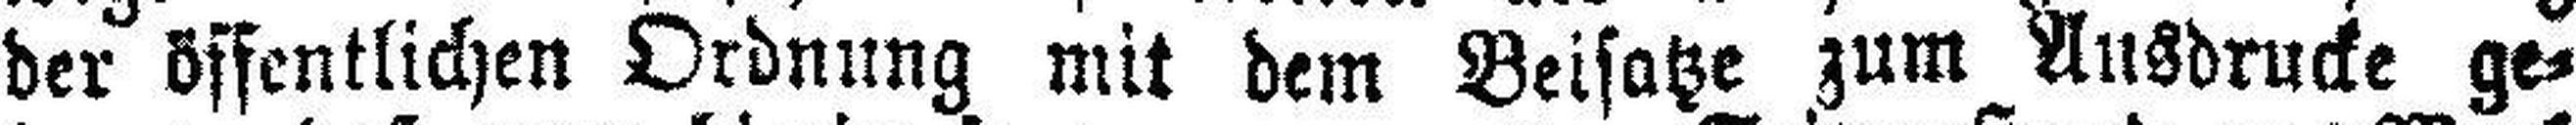
der öffentlichen Ordnung mit dem Beisatze zum Ansdrucke ge¬